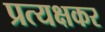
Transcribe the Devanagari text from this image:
प्रत्यक्षकर